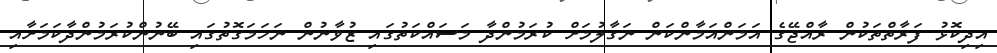
އިދިކޮޅު ފަރާތްތަކުން ރާއްޖޭގެ އަމަންއަމާންކަން ނަގާލުމަށް ކުރަމުންދާ މަސައްކަތުގައި ޒުވާނުން ނަހަމަގޮތުގައި ބޭނުންކުރަމުންދާކަމަށާއި